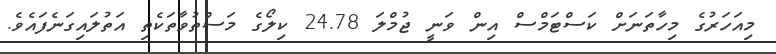
މިއަހަރުގެ މިހާތަނަށް ކަސްޓަމްސް އިން ވަނީ ޖުމްލަ 24.78 ކިލޯގެ މަސްތުވާތަކެތި އަތުލައިގަނެފައެވެ.